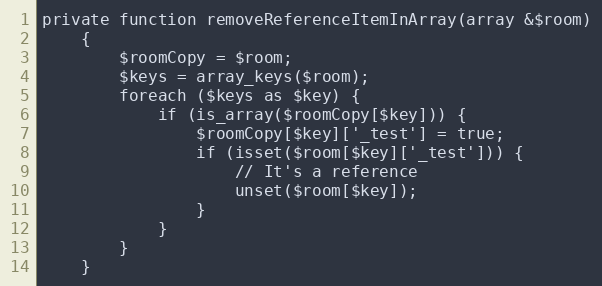
Language: PHP
private function removeReferenceItemInArray(array &$room)
    {
        $roomCopy = $room;
        $keys = array_keys($room);
        foreach ($keys as $key) {
            if (is_array($roomCopy[$key])) {
                $roomCopy[$key]['_test'] = true;
                if (isset($room[$key]['_test'])) {
                    // It's a reference
                    unset($room[$key]);
                }
            }
        }
    }